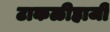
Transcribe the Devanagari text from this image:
टाकळीहाजी